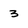
Character: 3